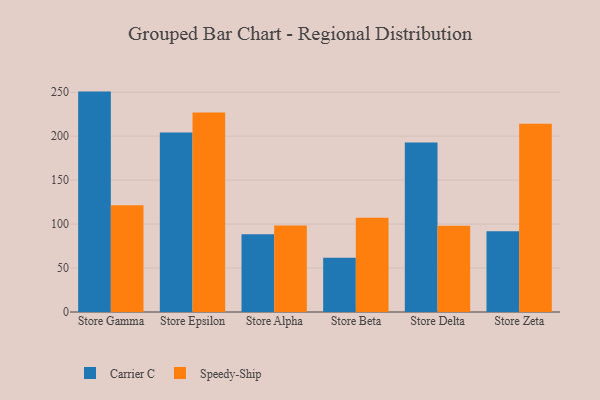
{"axis": {"x": "Store", "y": "Gross Profit (USD K)"}, "legend": ["Carrier C", "Speedy-Ship"], "data": [{"x": "Store Gamma", "y": 250.7, "type": "Carrier C"}, {"x": "Store Gamma", "y": 121.4, "type": "Speedy-Ship"}, {"x": "Store Epsilon", "y": 204.2, "type": "Carrier C"}, {"x": "Store Epsilon", "y": 226.9, "type": "Speedy-Ship"}, {"x": "Store Alpha", "y": 88.3, "type": "Carrier C"}, {"x": "Store Alpha", "y": 98.5, "type": "Speedy-Ship"}, {"x": "Store Beta", "y": 61.6, "type": "Carrier C"}, {"x": "Store Beta", "y": 107.3, "type": "Speedy-Ship"}, {"x": "Store Delta", "y": 192.8, "type": "Carrier C"}, {"x": "Store Delta", "y": 98.1, "type": "Speedy-Ship"}, {"x": "Store Zeta", "y": 91.9, "type": "Carrier C"}, {"x": "Store Zeta", "y": 214.2, "type": "Speedy-Ship"}]}